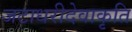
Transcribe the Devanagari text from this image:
जटाधरीदेवाकृति